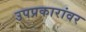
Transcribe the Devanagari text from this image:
उपप्रकारांवर